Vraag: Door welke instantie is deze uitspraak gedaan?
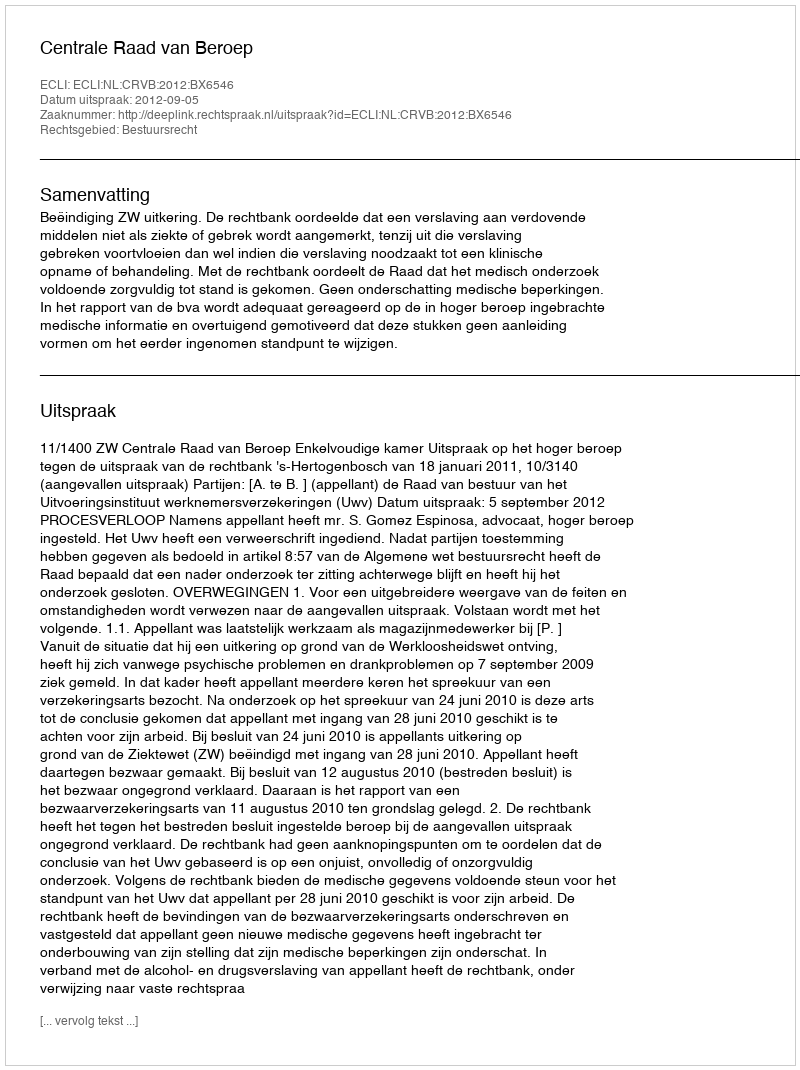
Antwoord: Centrale Raad van Beroep